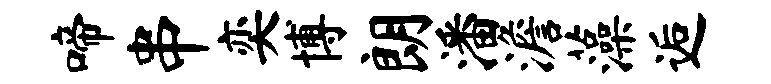
啼串奕博朗潘澹藻逅